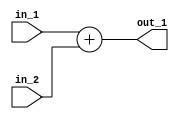
`timescale 1ns / 1ps
//////////////////////////////////////////////////////////////////////////////////
// Aryan Mehrotra
// 
// Module Name: PC_Adder2
// Description: Adds branch offset to the program counter
// Project Name: Final Project
//////////////////////////////////////////////////////////////////////////////////


module PC_Adder2(in_1, in_2, out_1);
    input[63:0] in_1, in_2;
    output[63:0] out_1; 
        
    assign out_1 = in_1 + in_2;
endmodule